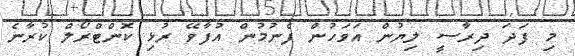
މި ފަދަ ދިރާސީ ލިޔުން އަވަހުން ފެނުމުން އުފާވޭ ރުޅި ކޮންޓްރޯލް ކުރާނެ